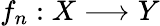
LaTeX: f_{n}:X\longrightarrow Y